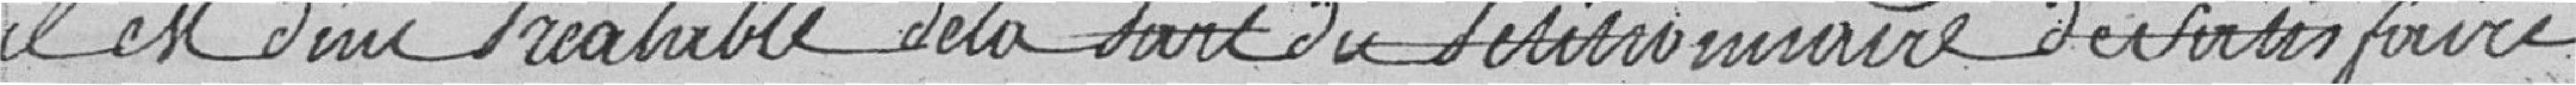
il est d'un préalable de la part du petitionnaire de satisfaire